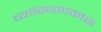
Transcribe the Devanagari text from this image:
व्यवस्थापकास